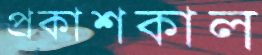
প্রকাশকাল